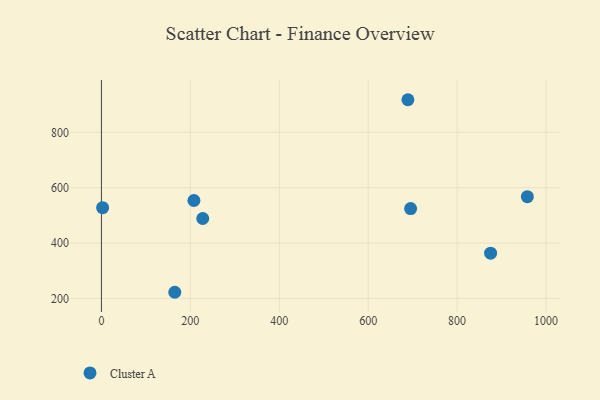
{"axis": {"x": "Engine Size", "y": "Exam Score"}, "legend": ["Cluster A"], "data": [{"x": "2.7", "y": 527.6, "type": "Cluster A"}, {"x": "227.9", "y": 488.6, "type": "Cluster A"}, {"x": "165.0", "y": 222.1, "type": "Cluster A"}, {"x": "695.4", "y": 524.6, "type": "Cluster A"}, {"x": "958.0", "y": 567.4, "type": "Cluster A"}, {"x": "208.0", "y": 553.6, "type": "Cluster A"}, {"x": "689.3", "y": 917.7, "type": "Cluster A"}, {"x": "875.3", "y": 363.3, "type": "Cluster A"}]}